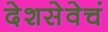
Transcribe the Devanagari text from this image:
देशसेवेचं